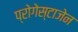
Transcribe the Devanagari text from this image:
प्रोगेस्टाजेन